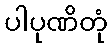
ပါပုဏိတုံ